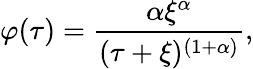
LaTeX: \varphi(\tau)=\frac{\alpha\xi^{\alpha}}{(\tau+\xi)^{(1+\alpha)}},